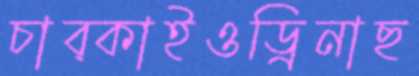
চাব্‌কাইওড্রিনাছ